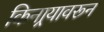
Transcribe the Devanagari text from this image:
किनार्‍यावरून